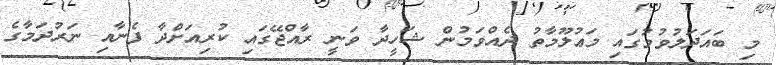
މި ބައަދަލުވުމުގައި މަޢުލޫމާތު ދެއްވަމުން ޝަހީދާ ވަނީ ރާއްޖޭގައި ކުރިއަށްދާ ފެނާއި ނަރުދަމާގެ